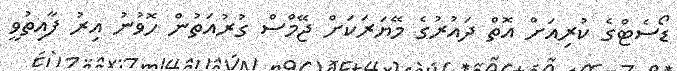
ޑޯސެޓްގެ ކުރިއަށް އޮތް ދައުރުގެ މޭޔަރަކަށް ޖޭމްސް ގުރުއަތުން ހޮވުނު އިރު ފާއިތުވީ